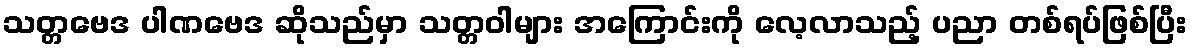
သတ္တဗေဒ ပါဏဗေဒ ဆိုသည်မှာ သတ္တဝါများ အကြောင်းကို လေ့လာသည့် ပညာ တစ်ရပ်ဖြစ်ပြီး